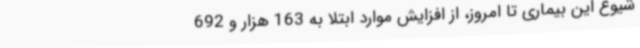
شیوع این بیماری تا امروز، از افزایش موارد ابتلا به 163 هزار و 692